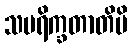
သပရိက္ခတာတိပိ